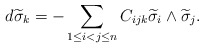
\begin{align*}d\widetilde{\sigma}_k=-\sum_{1\leq i<j\leq n}C_{ijk}\widetilde{\sigma}_i\wedge \widetilde{\sigma}_j.\end{align*}